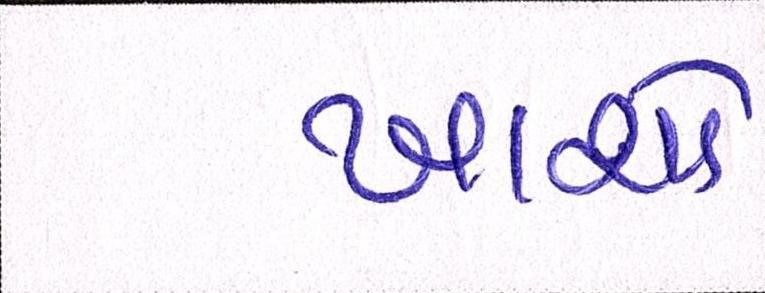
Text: ખાશો